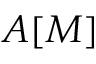
A [ M ]